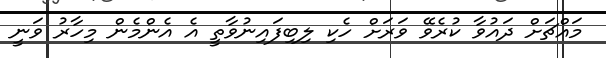
މައްޗަށް ދައުވާ ކުރެވޭ ވަރަށް ހެކި ލިބިފައިނުވާތީ އެ އެންމެން މިހާރު ވަނީ